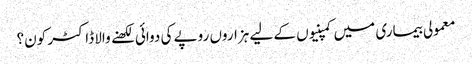
معمولی بیماری میں کمپنیوں کے لیے ہزاروں روپے کی دوائی لکھنے والا ڈاکٹر کون؟